Civil Veterinary Dept. Assam report 1911-1927 - 1911-1927
Year: 1911
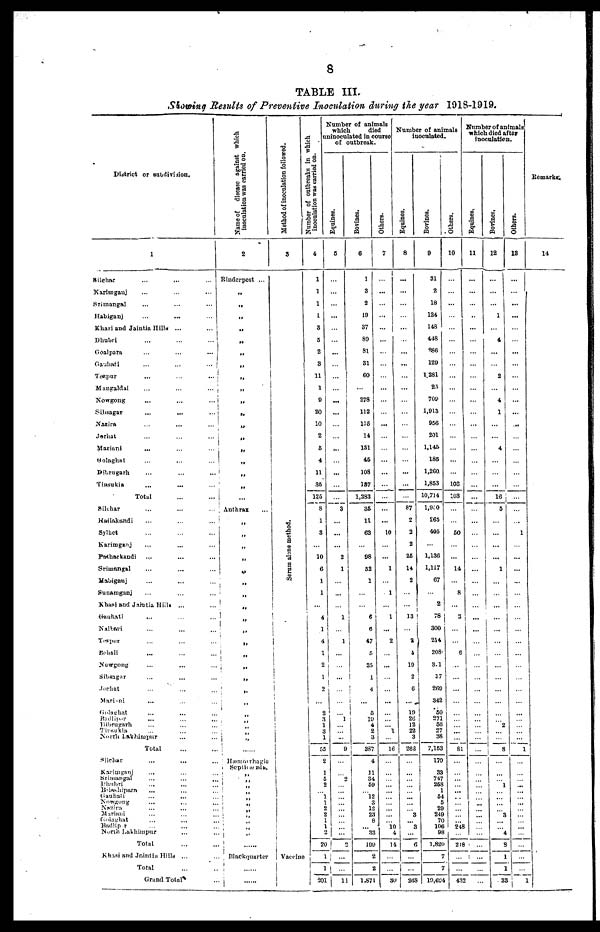
8
TABLE III.
Slowing Results of Preventive Inoculation during the year 1918-1919.
District or subdivision.
1
Silehar ... ... ...
Karimgauj ... ... ...
Srimangal ... ... ...
Habiganj ... ... ...
Khan and Jaintia Hills ... ...
Dhubri
...
...
...
Goalpara
...
...
...
Gauhati
...
...
...
Tezpur
...
...
...
Mangaldai
...
...
...
Nowgong
...
...
...
Sibsagar
...
...
...
Nazira
...
...
...
Jorhat
...
...
...
Mariani
...
...
...
Golaghat
...
...
...
Dibrugarh
...
...
...
Tinsukia
...
...
...
Total ... ...
Silehar ... ... ...
Hailakandi ... ... ...
Sylhet ... ... ...
Karimganj ... ... ...
Patharkandi ... ... ...
Srimangal ... ... ...
Mabiganj ... ... ...
Sunamganj ... ... ...
Khasi and Jaintia Hiils ... ...
Gauhati ... ... ...
Nalbari ... ... ...
Tezpur ... ... ...
Behali ... ... ...
Nowgong ... ... ...
Sibsagar ... ... ...
Jorhat ... ... ...
Marini
... ... ...
Golaghat ... ... ...
Badlipur ... ... ...
Dibrugarh ... ... ...
Tinsulia ... ... ...
North Lakhimpur ... ... ...
Total ... ...
Silehar
...
... ...
Karimganj
... ... ...
Shrimangal .... ... ...
Dhubri
...
...
...
Bilashipura ... ... ...
Gauhati ... ... ...
Nowgong ... ... ...
Nazira ... ... ...
Marini ... ... ...
Golaghat ... ... ...
Badlipur ... ... ...
North Lakhimpur ... ...
Total ... ...
Khasi and Jaintia Hills ... ...
Total ... ...
Grand Total ...
Name of
disease against which
inoculation was carried on.
2
Rinderpest ...
„
„
„
„
„
„
„
„
„
„
„
„
„
„
„
„
„
...
Anthrax ...
„
„
„
„
„
„
„
„
„
„
„
„
„
„
„
„
„
„
„
„
„
......
Hæmorrhagic
Seplicæmia.
..
„
„
„
„
„
„
„
„
„
„
............
Black quarter
.............
.........
Method of inoculation followed.
3
Se r
um alone method.
vaccine
Number of outbreaks in which
inoculation was carried on.
4
1
1
1
1
8
5
2
3
11
1
9
20
10
2
5
4
11
35
125
8
1
3
...
10
6
1
1
...
4
1
4
1
2
1
2
...
2
3
1
3
1
55
2
1
5
2
... 1
1
2
2
1
1
2
20
1
1
301
Number of animals
which
uninoculated in course
of outbreak.
Equines.
5
...
...
...
...
...
...
...
...
...
...
...
...
...
...
...
...
...
...
...
3
...
...
...
2
1
...
...
...
1
...
1
...
...
...
...
...
...
1
...
...
...
9
...
... 2
...
...
...
...
...
...
...
...
...
2
...
...
11
Bovines.
6
1
3
2
19
37
89
81
31
60
...
278
112
135
14
131
45
108
187
1,283
35
11
63
...
98
52
1
...
...
6
6
47
5
25
1
4
...
5
19
4
2
3
387
4
11
9
59
... 12
3
12
23
8
... 33
199
2
8
1,871
Others.
7
...
...
...
...
...
...
...
...
...
...
...
...
...
...
...
...
...
...
...
...
...
10
...
...
1
...
1
...
1
...
2
...
...
...
...
...
...
...
... 1
...
16
...
...
...
...
...
...
...
...
... 16
4
14
...
...
30
Number of animals
inoculated.
Equines.
8
...
...
...
...
...
...
...
..
...
...
...
...
...
...
...
...
...
...
...
87
2
2
2
25
14
2
...
...
13
...
2
4
19
2
6
...
19
26
12
22
3
262
...
...
...
...
...
...
... 3
3
...
6
...
...
268
Bovines.
9
31
2
18
124
148
448
986
129
1.281
25
709
1,913
956
201
1,145
185
1,260.
1,853
10,714
1,950
856
49
...
1,136
1,117
67
....
2
78
300
214
208
3.1
37
269
342
50
271
56
27
38
7,153
170
33
747
258
1
54
5
29
249
70
106
98
1,820
7
7
19,694
Others.
10
...
...
...
...
...
...
...
...
...
...
...
...
...
...
...
...
...
108
103
...
...
50
...
...
14
...
8
...
3
...
...
6
...
...
...
...
...
...
...
...
...
81
...
...
...
...
...
...
...
...
...
... 248
...
218
...
...
432
Number of animals
which died after
inoculation.
Equines.
11
...
…
…
…
…
…
…
…
…
…
…
…
…
…
…
…
…
...
...
...
...
...
...
...
...
...
...
...
...
...
...
...
...
...
...
...
...
...
...
...
...
...
...
...
...
...
...
... ...
...
...
...
...
...
...
...
...
...
Bovines.
12
…
…
…
1
…
4
…
…
2
…
4
1
...
…
4
…
…
…
…
…
…
…
…
...
1
...
...
…
...
…
…
…
…
…
…
…
…
… …
…
…
…
…
…
... 1
…
…
…
… 3
…
… 4
8
1
1
33
Others.
13
…
...
...
...
…
…
...
…
…
…
…
…
...
…
…
…
…
…
…
…
…
1
…
…
...
…
…
…
…
…
…
…
…
…
…
…
…
…
…
…
…
1
…
…
…
…
...
…
…
…
…
…
…
…
…
…
…
1
Remarks.
14